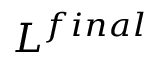
L ^ { f i n a l }